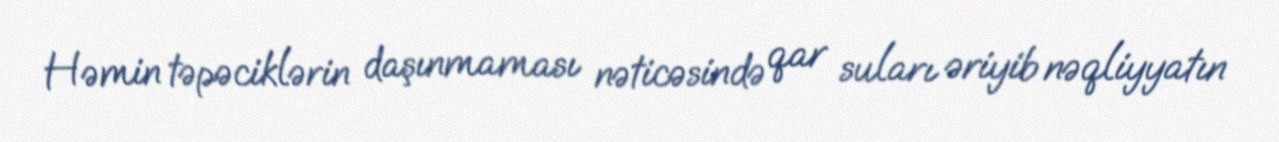
Həmin təpəciklərin daşınmaması nəticəsində qar suları əriyib nəqliyyatın